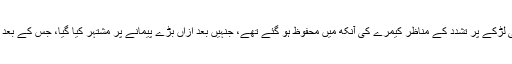
یاد رہے کہ اسرائیلی پولیس اہلکار کے فلسطینی نژاد امریکی لڑکے پر تشدد کے مناظر کیمرے کی آنکھ میں محفوظ ہو گئے تھے، جنہیں بعد ازاں بڑے پیمانے پر مشتہر کیا گیا، جس کے بعد امریکا نے بھی خود اس واقعے پر تشویش کا اظہار کیا تھا۔